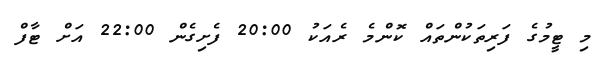
މި ޓީމުގެ ފަރިތަކުންތައް ކޮންމެ ރެއަކު 20:00 ފެށިގެން 22:00 އަށް ޓާފް